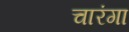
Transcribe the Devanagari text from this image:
चारंगा